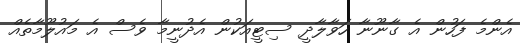
އެންމެ ފަހުން އެ ގާނޫނާ ހަވާލާދީ ސިޓީއަކުން އެދުނީމާ ވެސް އެ މައުލޫމާތެއް